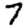
Digit: 7